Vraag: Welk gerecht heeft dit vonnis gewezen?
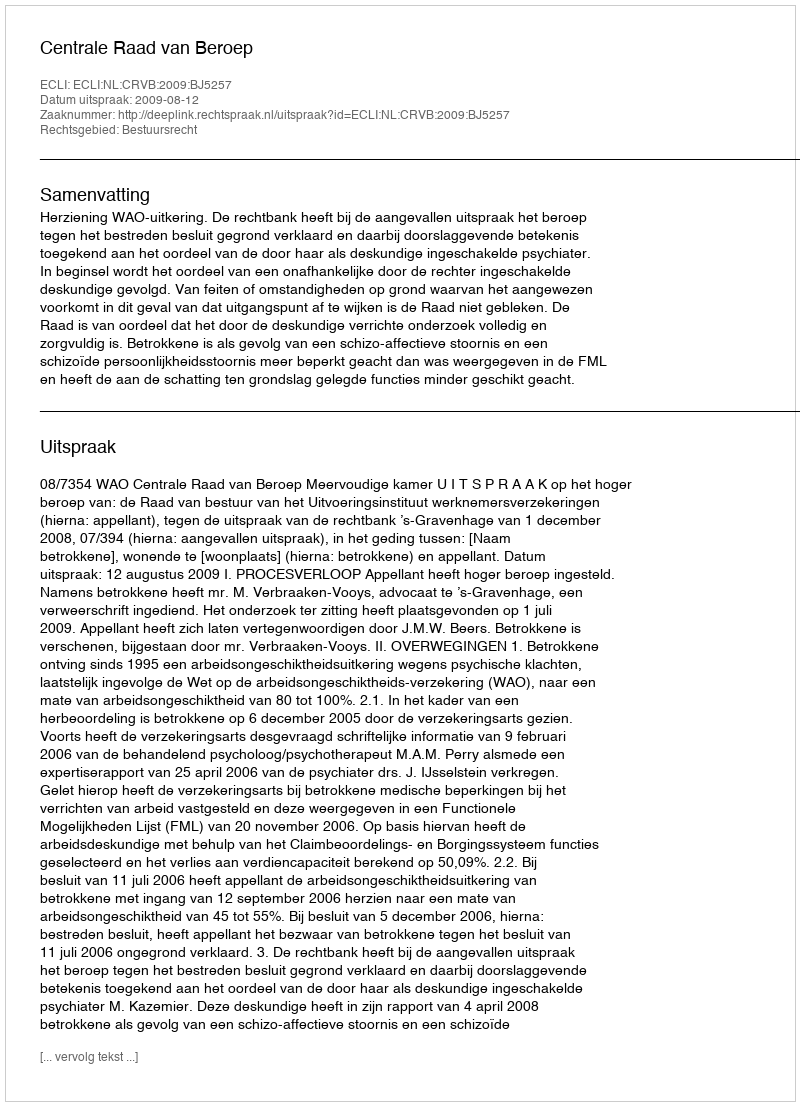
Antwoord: Centrale Raad van Beroep